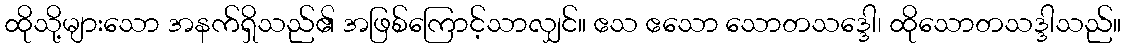
ထိုသို့များသော အနက်ရှိသည်၏ အဖြစ်ကြောင့်သာလျှင်။ ဧသ ဧသော သောတသဒ္ဒေါ၊ ထိုသောတသဒ္ဒါသည်။